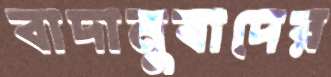
বাদানুবাদের